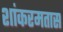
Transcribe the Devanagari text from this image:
शांकरमतास